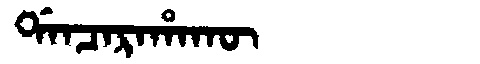
Manchu: ᡩᠠᠨᠴᠠᡵᠠᡥᠠᡴᡡ
Romanization: DANCARAHAKŪ